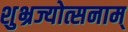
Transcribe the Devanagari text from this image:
शुभ्रज्योत्सनाम्